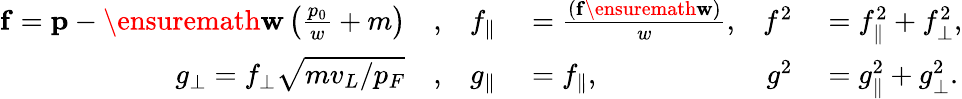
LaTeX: \begin{array}{rlrlrl}{\mathbf{f}=\mathbf{p}-\ensuremath{\mathbf{w}}\left(\frac{p_{0}}{w}+m\right)}&{{},}&{f_{\parallel}}&{{}=\frac{(\mathbf{f}\ensuremath{\mathbf{w}})}{w},}&{f^{2}}&{{}=f_{\parallel}^{2}+f_{\perp\vphantom{\parallel}}^{2},}\\ {g_{\perp\vphantom{\parallel}}=f_{\perp\vphantom{\parallel}}\sqrt{mv_{L}/p_{F}}}&{{},}&{g_{\parallel}}&{{}=f_{\parallel},}&{g^{2}}&{{}=g_{\parallel}^{2}+g_{\perp\vphantom{\parallel}}^{2}.}\end{array}